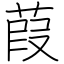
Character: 葭